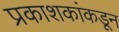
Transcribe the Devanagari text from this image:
प्रकाशकांकडून